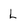
Character: L